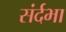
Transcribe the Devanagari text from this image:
संर्दभा